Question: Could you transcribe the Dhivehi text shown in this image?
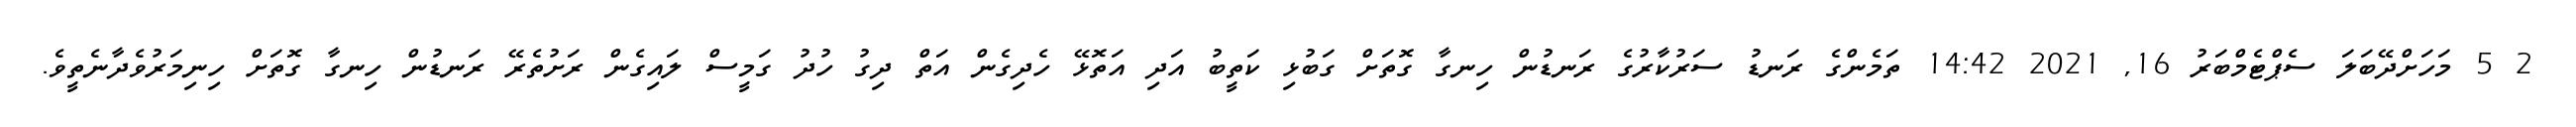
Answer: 2 5 މަހަށްދޭބަލަ ސެޕްޓެމްބަރު 16, 2021 14:42 ތަމެންގެ ރަނޑު ސަރުކާރުގެ ރަނޑުން ހިނގާ ގޮތަށް ގަބުޅި ކަތީބު އަދި އަތޮޅޭ ހެދިގެން އަތް ދިގު ހުދު ގަމީސް ލައިގެން ރަށުތެރޭ ރަނޑުން ހިނގާ ގޮތަށް ހިނިމަރުވެދާނެތީވެ.